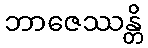
ဘာဇေဿန္တိ